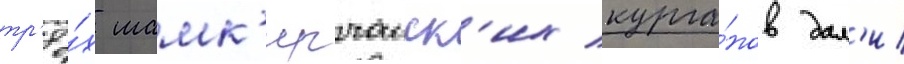
тр'ё́х шамк'ирчаиск'их курга́нов дал'и